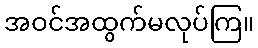
အဝင်အထွက်မလုပ်ကြ။